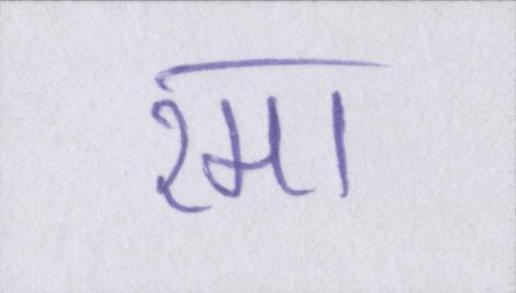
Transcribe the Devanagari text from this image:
रमा